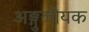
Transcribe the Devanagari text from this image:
अङ्गुलीयक